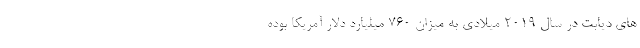
های دیابت در سال ۲۰۱۹ میلادی به میزان ۷۶۰ میلیارد دلار آمریکا بوده